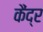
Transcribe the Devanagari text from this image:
कैंद्र